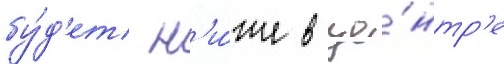
бу́д'ет н'и́же в це́нтр'е